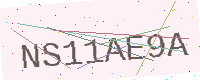
Text: NS11AE9A